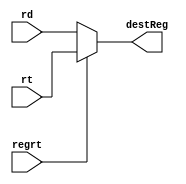
`timescale 1ns/1ps
module RegrtMux (
    input regrt,
    input [4:0] rt,
    input [4:0] rd,

    output reg [4:0] destReg
);
    always @(regrt or rt or rd) begin
        if (regrt == 1'b0) begin
            destReg = rd;
        end
        else begin
            destReg = rt;
        end
    end
endmodule